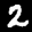
Label: 2